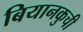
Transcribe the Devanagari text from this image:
बियानकुची